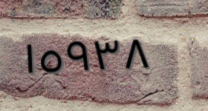
١٥٩٣٨